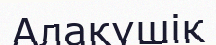
Алакүшік